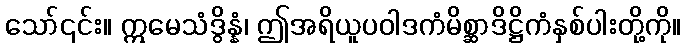
သော်၎င်း။ ဣမေသံဒွိန္နံ၊ ဤအရိယူပဝါဒကံမိစ္ဆာဒိဋ္ဌိကံနှစ်ပါးတို့ကို။